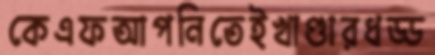
কেএফআপনিতেইখাণ্ডারধড্ড